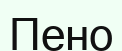
Пено